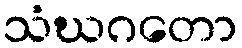
သံဃဂတော